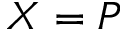
X = P